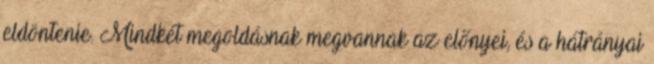
eldöntenie. Mindkét megoldásnak megvannak az előnyei, és a hátrányai